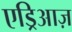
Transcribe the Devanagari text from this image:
एड्रिआज़